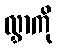
လွှာကို